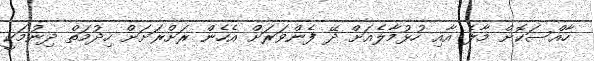
ހާއްސަކޮށް މާލެ އާއި ހުޅުމާލެއަށް ދޭ ފެންވަރަށް އެހެން ރަށްރަށަށް ހިދުމަތް ދިނުމަކީ